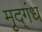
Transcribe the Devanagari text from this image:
मृद्‌गंध